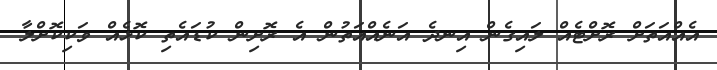
އެއްއަތަށް ރޮށްޓެއް ލައިގެން އިނދެ އަނެއްއަތުން އެ ރޮށިން ކުޑައެތި ކޮޅެއް ވަކިކޮށްލާ